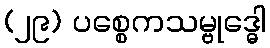
(၂၉) ပစ္စေကသမ္ဗုဒ္ဓေါ